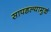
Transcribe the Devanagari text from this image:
सापडल्यामुळं